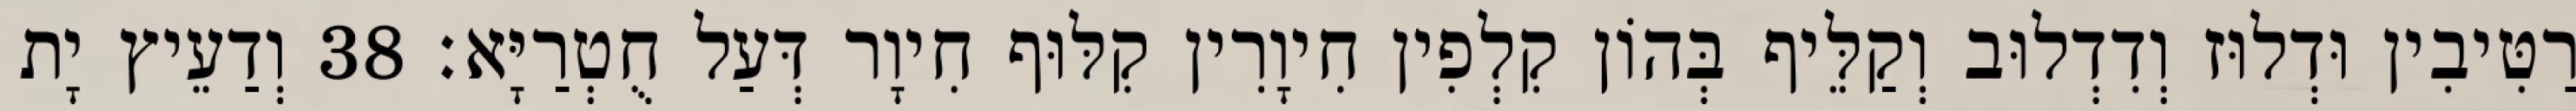
רַטִּיבִין וּדְלוּז וְדִדְלוּב וְקַלֵּיף בְּהוֹן קִלְפִין חִיוָרִין קִלּוּף חִיוָר דְּעַל חֻטְרַיָּא׃ 38 וְדַעֵיץ יָת